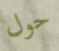
حول